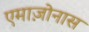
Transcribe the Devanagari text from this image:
एमाज़ोनास